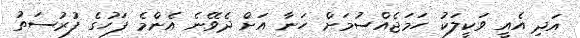
އަދި އެއީ ވަކީލަކު ހަމަޖެއްސުމަށް ހަނާ އަށް ދެވޭނެ އެންމެ ފަހުގެ ފުރުސަތު